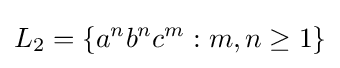
L_{2}=\{a^{n}b^{n}c^{m}:m,n\geq 1\}